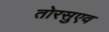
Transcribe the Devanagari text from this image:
तोरसुएव